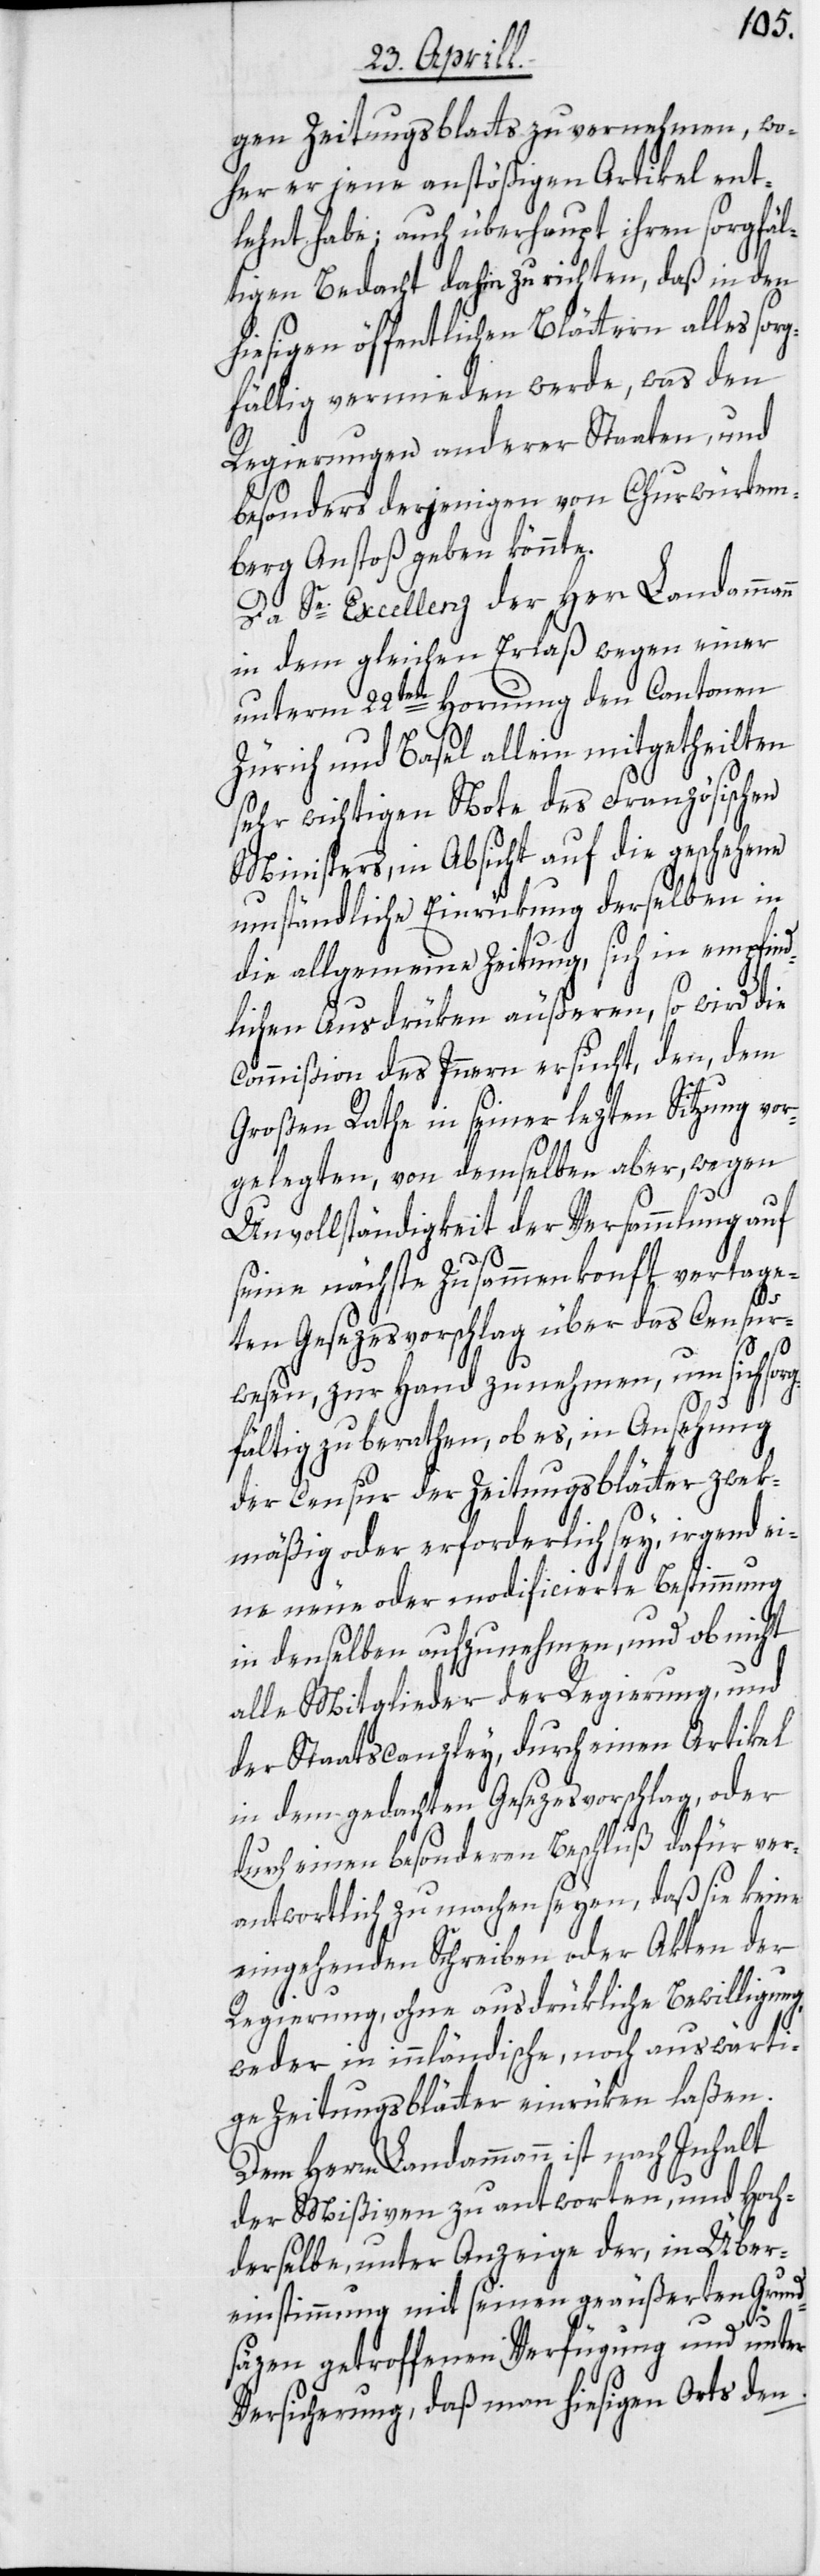
gen Zeitungsblatts zu vernehmen, wo¬
her er jene anstößigen Artikel ent¬
lehnt habe; auch überhaupt ihren sorgfäl¬
tigen Bedacht dahin zu richten, daß in den
hiesigen öffentlichen Blättern alles sor¬
gfältig vermieden werde, was den
Regierungen anderer Staaten, und
besonders derjenigen von Churwürtem¬
berg Anstoß geben könnte.
Da Se. Excellenz der Herr Landammann
in dem gleichen Erlaß wegen einer
unterm 22ten Hornung den Cantonen
Zürich und Basel allein mitgetheilten
sehr wichtigen Note des Französischen
Ministers, in Absicht auf die geschehene
umständliche Einrükung derselben in
die allgemeine Zeitung, sich in empfind¬
lichen Ausdrüken äußeren, so wird die
Commißion des Innern ersucht, den, dem
Großen Rathe in seiner lezten Sitzung vor¬
gelegten, von demselben aber, wegen
Unvollständigkeit der Versammlung auf
seine nächste Zusammenkonft vertage¬
ten Gesezesvorschlag über das Censur¬
wesen, zur Hand zu nehmen, um sich sorg¬
fältig zu berathen, ob es, in Ansehung
der Censur der Zeitungsblätter zwek¬
mäßig oder erforderlich sey, irgend ei¬
ne neue oder modificierte Bestimmung
in denselben aufzunehmen, und ob nicht
alle Mitglieder der Regierung, und
der Staatscanzley, durch einen Artikel
in dem gedachten Gesezesvorschlag, oder
durch einen besonderen Beschluß dafür ver¬
antwortlich zu machen seyen, daß sie keine
eingehenden Schreiben oder Akten der
Regierung, ohne ausdrükliche Bewilligung,
weder in innländische, noch auswärti¬
ge Zeitungsblätter einrüken laßen.
der Mißiven zu antworten, und Hoch¬
derselbe, unter Anzeige der, in Über¬
einstimmung mit seinen geäußerten Grund¬
säzen getroffenen Verfügung und unter
Versicherung, daß man hiesigen Orts den